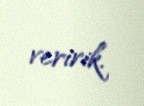
veririk.